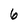
Character: 6